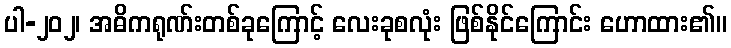
ပါ-၂၀၂၊ အဓိကရုဏ်းတစ်ခုကြောင့် လေးခုစလုံး ဖြစ်နိုင်ကြောင်း ဟောထား၏။